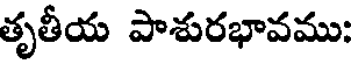
తృతీయ పాశురభావము: